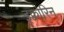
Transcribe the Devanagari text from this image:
इक्वोरिन